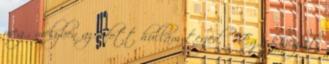
meg, melyben az adott hullám terjed.  Egy közeget